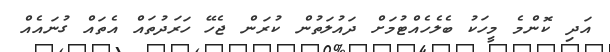
އަދި ކޮންމެ މީހަކު ބެލެހެއްޓުމަށް ދައުލަތުން ކުރަން ޖެހޭ ހަރަދުތައް އެތައް ގުނައެއް